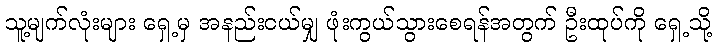
သူ့မျက်လုံးများ ရှေ့မှ အနည်းငယ်မျှ ဖုံးကွယ်သွားစေရန်အတွက် ဦးထုပ်ကို ရှေ့သို့